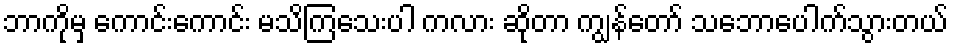
ဘာကိုမှ ကောင်းကောင်း မသိကြသေးပါ ကလား ဆိုတာ ကျွန်တော် သဘောပေါက်သွားတယ်